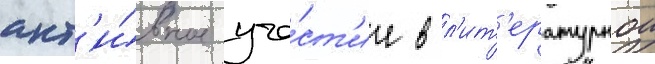
акт'и́вное уча́ст'ие в л'ит'ературнои